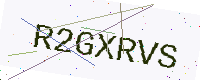
Text: R2GXRVS